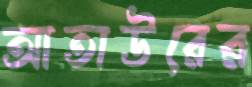
আতাউরের